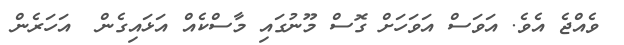
ވެއްޖެ އެވެ. އަވަސް އަވަހަށް ގޮސް މޫނުގައި މާސްކެއް އަޅައިގެން  އަހަރެން